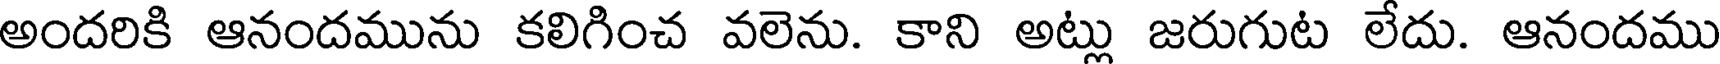
అందరికి ఆనందమును కలిగించ వలెను. కాని అట్లు జరుగుట లేదు. ఆనందము